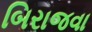
બિરાજવા